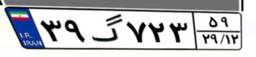
۳۹گ۷۲۳۵۹